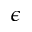
\epsilon